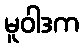
မူဝါဒက